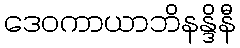
ဒေဝကာယာဘိနန္ဒိနီ